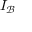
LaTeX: I _ { \mathcal { B } }